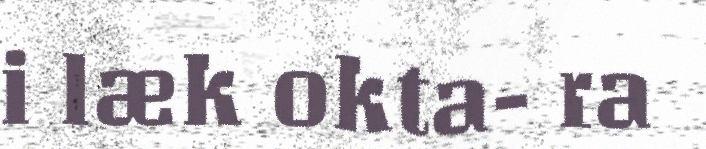
i læk okta- ra